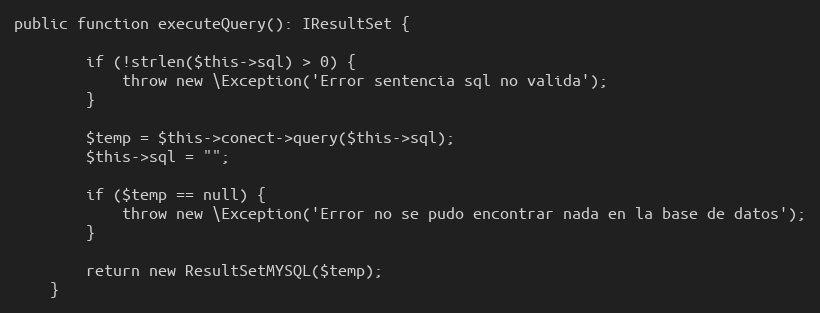
Language: PHP
public function executeQuery(): IResultSet {

        if (!strlen($this->sql) > 0) {
            throw new \Exception('Error sentencia sql no valida');
        }

        $temp = $this->conect->query($this->sql);
        $this->sql = "";

        if ($temp == null) {
            throw new \Exception('Error no se pudo encontrar nada en la base de datos');
        }

        return new ResultSetMYSQL($temp);
    }